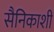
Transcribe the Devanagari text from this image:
सैनिकाशी